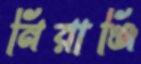
নিরাঞ্জি